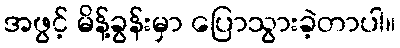
အဖွင့် မိန့်ခွန်းမှာ ပြောသွားခဲ့တာပါ။